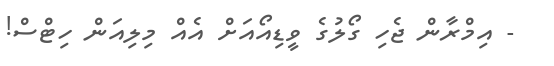
- އިމްރާން ޖެހި ގޯލުގެ ވީޑިއޯއަށް އެއް މިލިއަން ހިޓްސް!